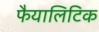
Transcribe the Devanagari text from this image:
फैयालिटिक